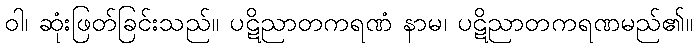
ဝါ၊ ဆုံးဖြတ်ခြင်းသည်။ ပဋိညာတကရဏံ နာမ၊ ပဋိညာတကရဏမည်၏။